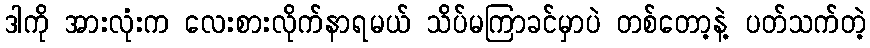
ဒါကို အားလုံးက လေးစားလိုက်နာရမယ် သိပ်မကြာခင်မှာပဲ တစ်တော့နဲ့ ပတ်သက်တဲ့